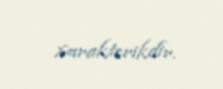
xarakterikdir.